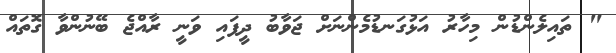
" ތައިލެންޑުން މިހާރު އަޅުގަނޑުމެންނަށް ޖަވާބު ދީފައި ވަނީ ރާއްޖެ ބޭނުންވާ ގޮތައް